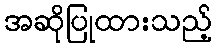
အဆိုပြုထားသည့်